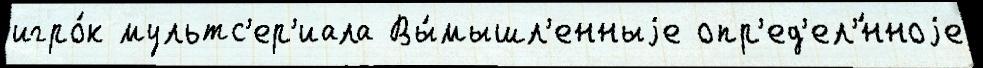
игро́к мультс'ер'иала Вы́мышл'енныjе опр'ед'ел'́нноjе